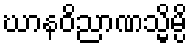
ဃာနဝိညာဏသ္မိမ္ပိ